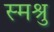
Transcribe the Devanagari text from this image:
स्मश्रु